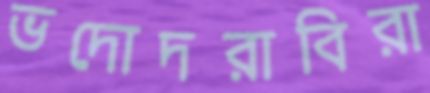
ভদোদরাবিরা